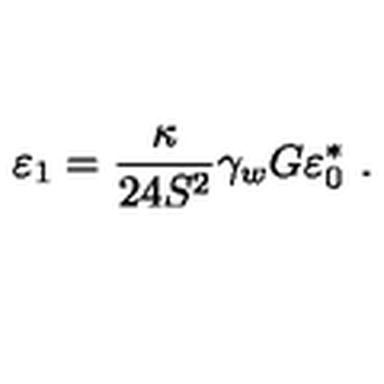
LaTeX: \varepsilon _ { 1 } = \frac { \kappa } { 2 4 S ^ { 2 } } \gamma _ { w } G \varepsilon _ { 0 } ^ { * } \ .